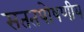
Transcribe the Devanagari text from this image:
सततपोषणीय